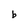
Character: b